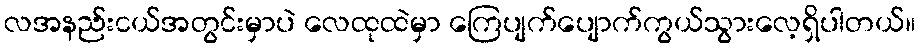
လအနည်းငယ်အတွင်းမှာပဲ လေထုထဲမှာ ကြေပျက်ပျောက်ကွယ်သွားလေ့ရှိပါတယ်။